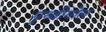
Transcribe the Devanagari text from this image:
पृथ्वीगोल